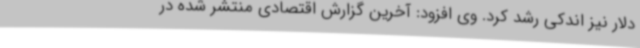
دلار نیز اندکی رشد کرد. وی افزود: آخرین گزارش‌ اقتصادی منتشر شده در